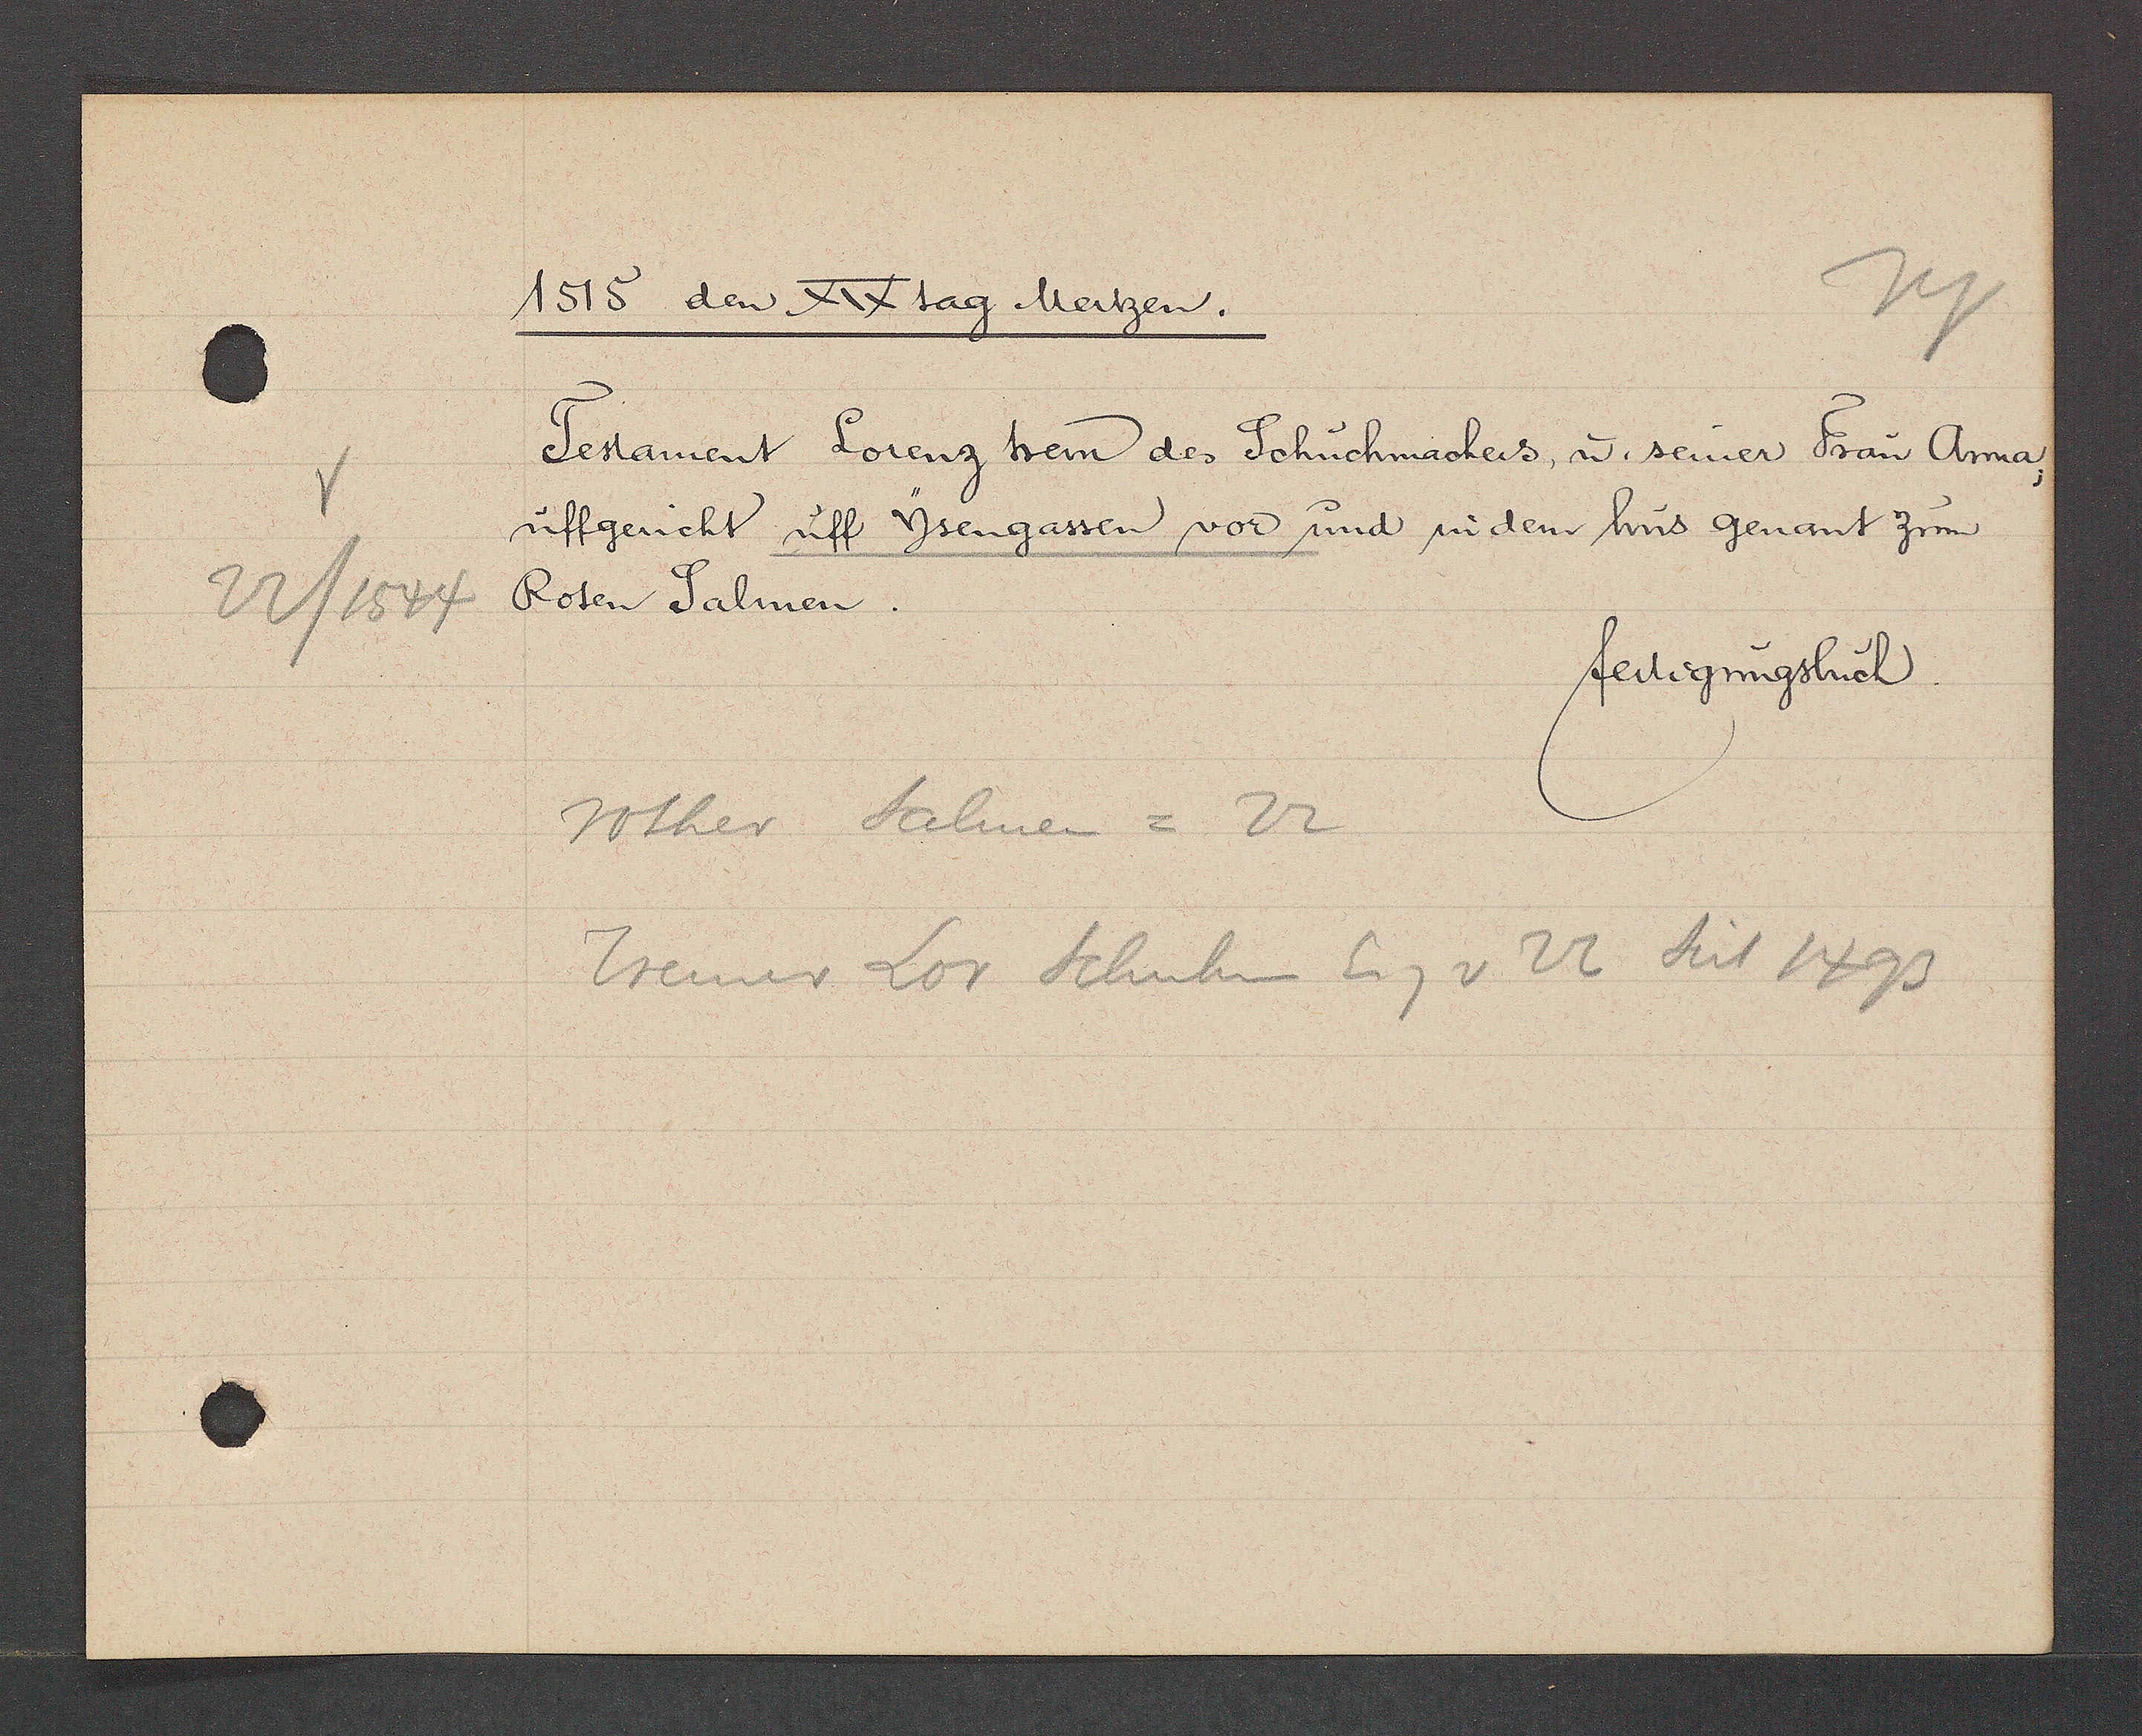
Transcript:
1515 den XIXtag Mertzen.
Testament Lorenz Item des Schuchmachers, u. seiner Frau Anna
uffgericht uff Ysengassen vor und nidem hus genant zum
fertigungsbuch
Roten Salmen
22/1544
rother Salmen = 22
Tremer Lor Schuhm Eig v 22 Seit 1493